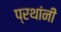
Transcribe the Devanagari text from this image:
प्रथांनी